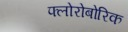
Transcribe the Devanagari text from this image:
फ्लोरोबोरिक